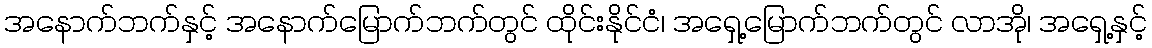
အနောက်ဘက်နှင့် အနောက်မြောက်ဘက်တွင် ထိုင်းနိုင်ငံ၊ အရှေ့မြောက်ဘက်တွင် လာအို၊ အရှေ့နှင့်